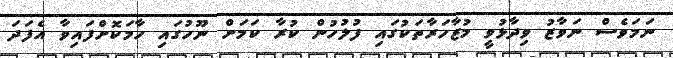
ނަމަވެސް ނަވާޒު ވިދާޅުވީ މުޒާހަރާތަކުގައި ފުލުހުން ކުރާ ކަމަށް ނޫހުގައި ހާމަކޮށްފައިވާ އެފަދަ